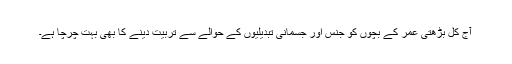
آج کل بڑھتی عمر کے بچوں کو جنس اور جسمانی تبدیلیوں کے حوالے سے تربیت دینے کا بھی بہت چرچا ہے۔